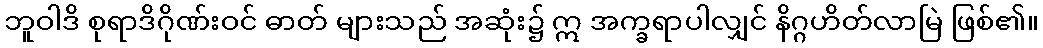
ဘူဝါဒိ စုရာဒိဂိုဏ်းဝင် ဓာတ် များသည် အဆုံး၌ ဣ အက္ခရာပါလျှင် နိဂ္ဂဟိတ်လာမြဲ ဖြစ်၏။